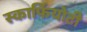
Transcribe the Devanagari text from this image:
स्कार्फियोटी